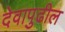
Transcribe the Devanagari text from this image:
देवापुढील